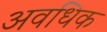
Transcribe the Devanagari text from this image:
अवधिक